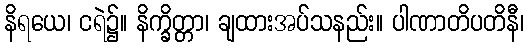
နိရယေ၊ ငရဲ၌။ နိက္ခိတ္တာ၊ ချထားအပ်သနည်း။ ပါဏာတိပတိနီ၊